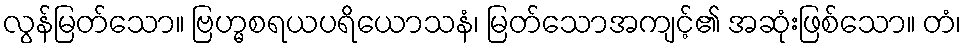
လွန်မြတ်သော။ ဗြဟ္မစရယပရိယောသနံ၊ မြတ်သောအကျင့်၏ အဆုံးဖြစ်သော။ တံ၊